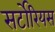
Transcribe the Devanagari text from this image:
सर्टोरियस